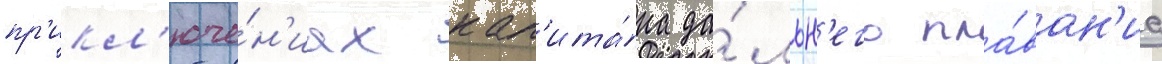
пр'икл'юче́н'иах кап'ита́на да́льн'его пла́ван'иа